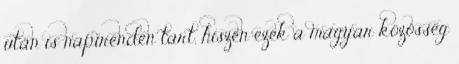
után is napirenden tart, hiszen ezek a magyar közösség